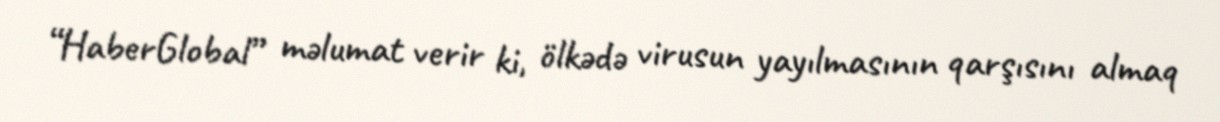
“HaberGlobal” məlumat verir ki, ölkədə virusun yayılmasının qarşısını almaq